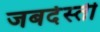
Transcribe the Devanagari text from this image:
जबर्दस्‍ती